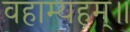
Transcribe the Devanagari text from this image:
वहाम्यहम्॥